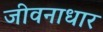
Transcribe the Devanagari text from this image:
जीवनाधार